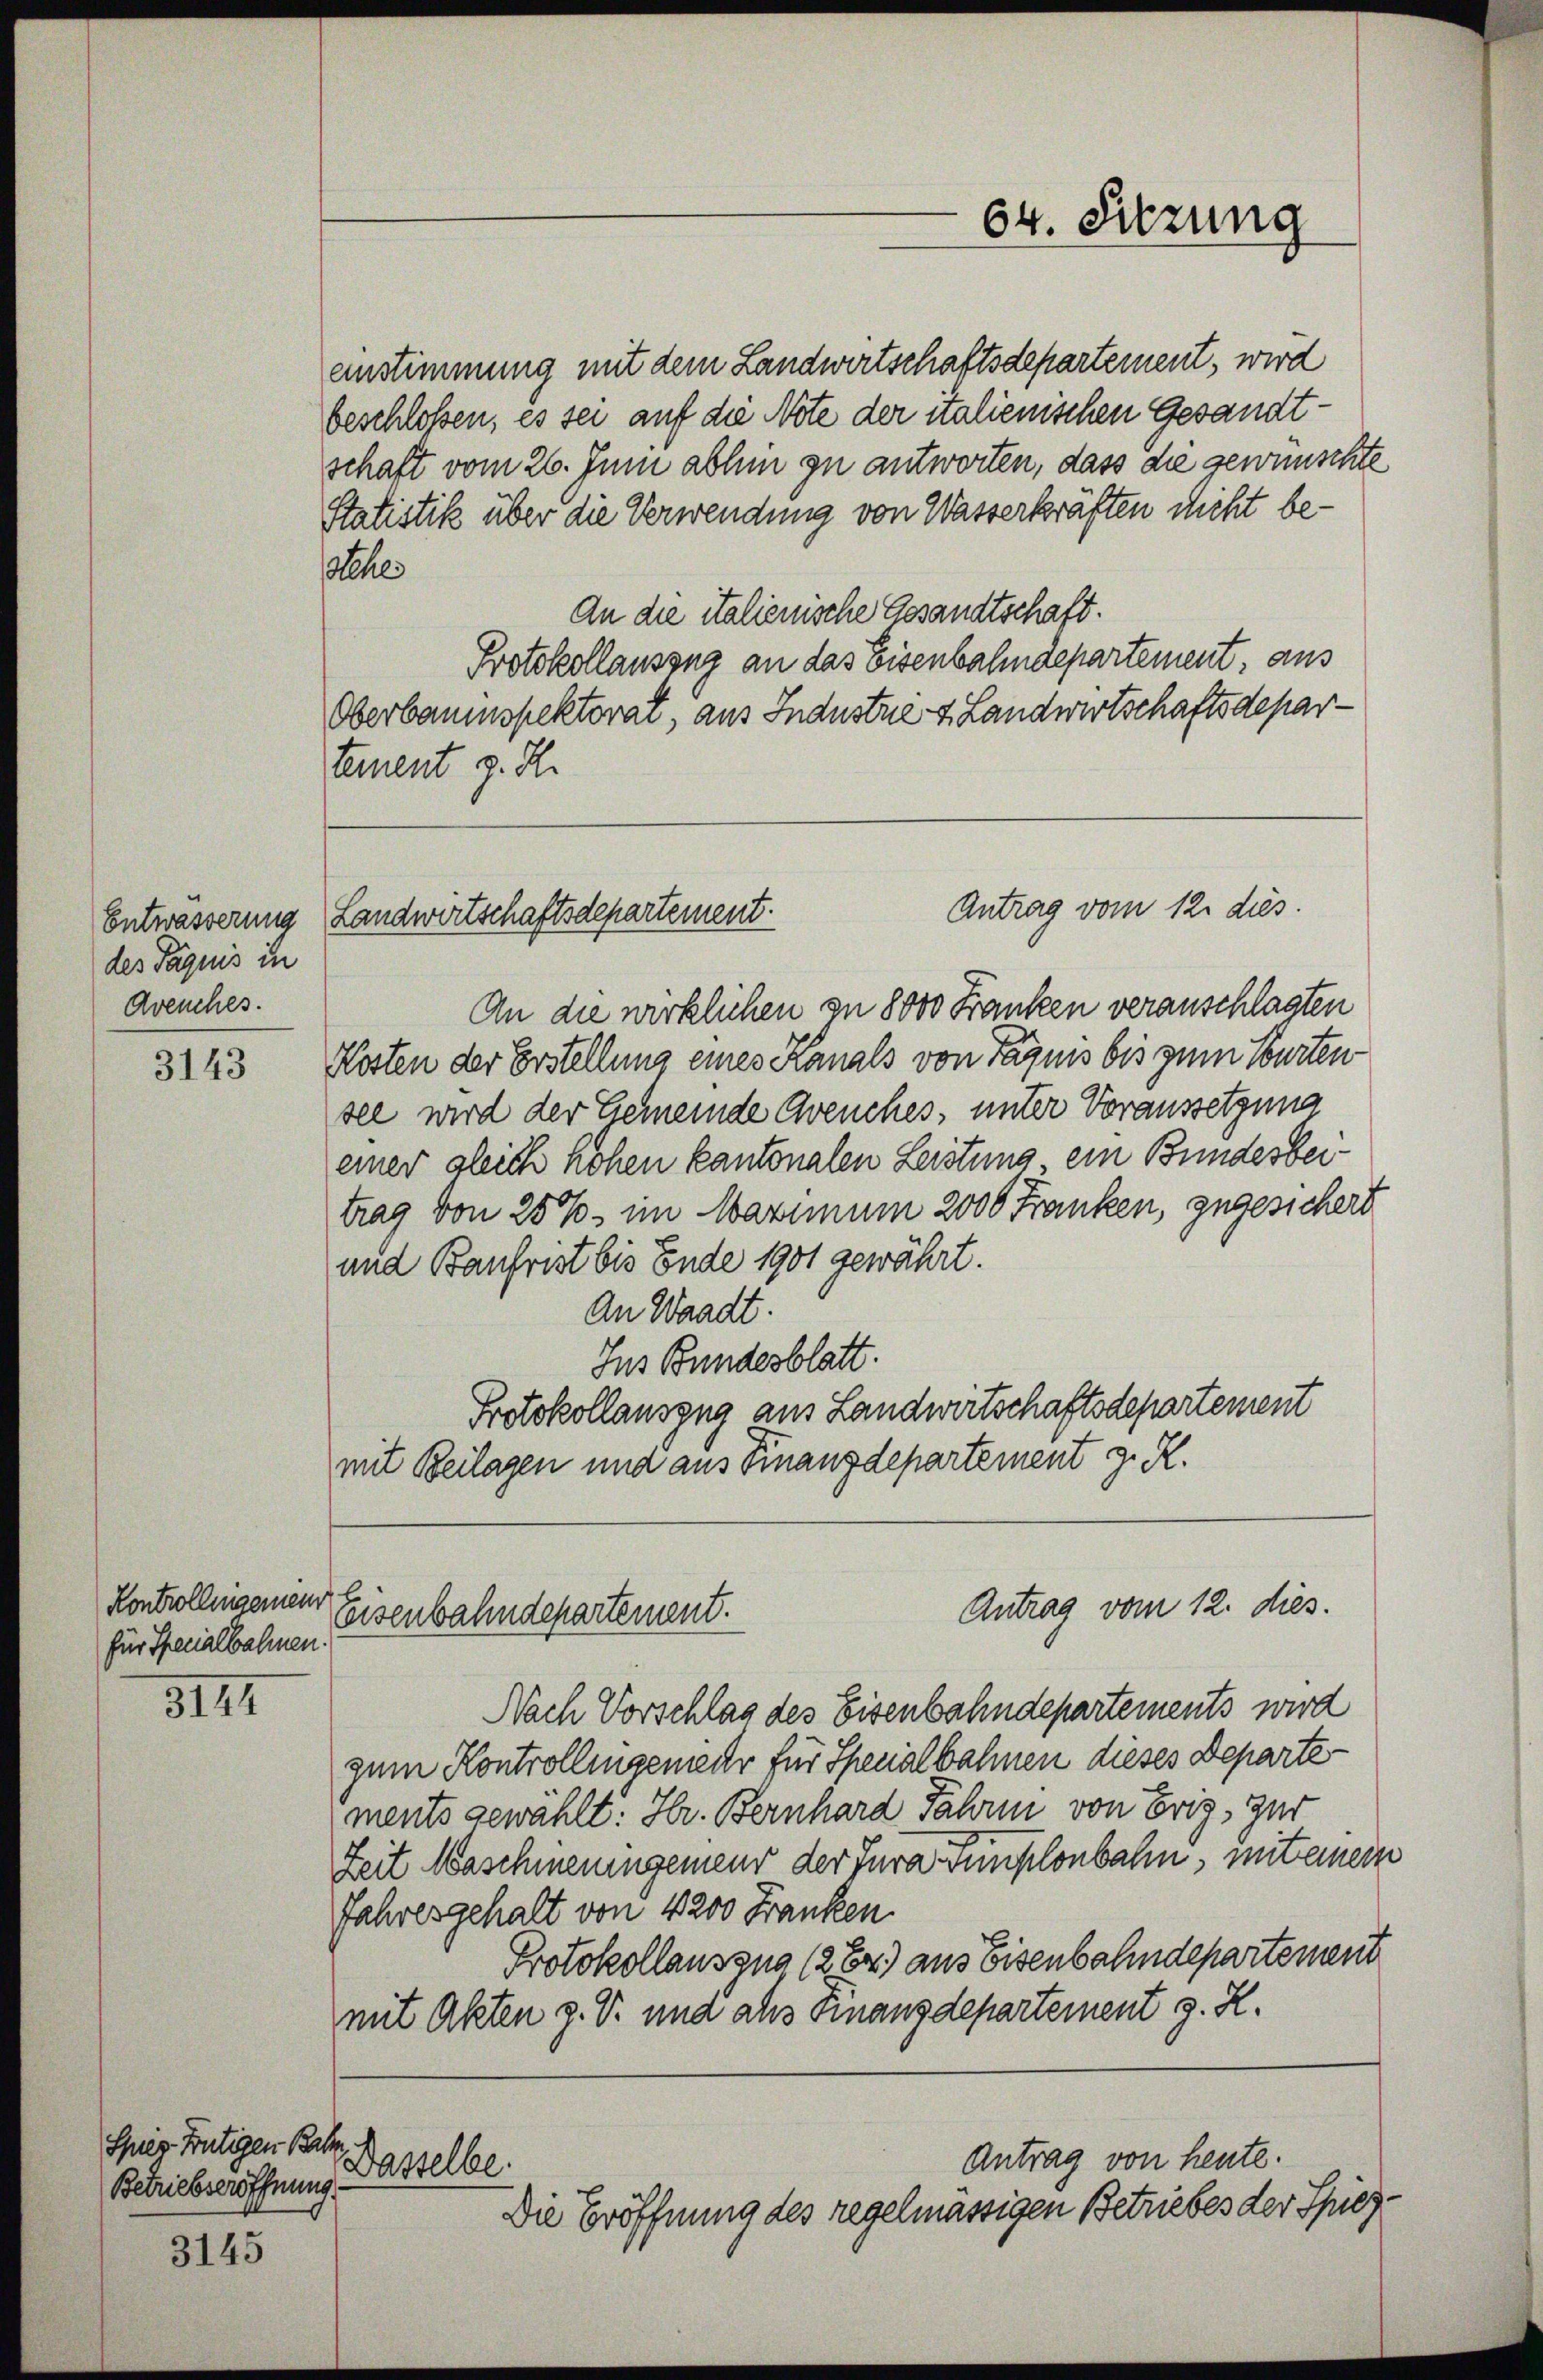
des Paquis in
Avenches.

3143

Kontrollingemen
für Specialbahnen

3181

Spier Frutigen Batz
Betriebseröffnung

3145

einstimmung mit dem Landwirtschaftsdepartement, wird
beschloßen, es sei auf die Note der italienischen Gesandtschaft vom 26. Juni abhin zu antworten, dass die gewünschte
Statistik über die Verwendung von Wasserkräften nicht belehe
An die italienische Gesandtschaft.
Protokollauszug an das Eisenbahndepartement, aus
Oberbaumspektorat, aus Industrie v. Landwirtschaftsdepartement z. R.

Antrag vom 12. dies
Entwässerung Landwirtschaftsdepartement.

Eisenbahndepartement.

64. Sitzung

Antrag vom 12. dies.

Dasselbe.

An die wirklichen zu 8000 Franken veranschlagten
Kosten der Erstellung eines Kanals von Tagnis bis zum Courten
sel wird der Gemeinde Avenches, unter Voraussetzung
einer gleich hohen kantonalen Leistung ein Bundesbeitrag von 25%, im Maximum 2000 Franken, zugesichert
und Baufrist bis Ende 1901 gewährt.
An Waadt.
Ins Bundesblatt.
Protokollauszug aus Landwirtschaftsdepartement
mit Beilagen und aus Finanzdepartement z. R.

Antrag von heute.
Die Eröffnung des regelmässigen Betriebes der Spiez¬

Nach Vorschlag des Eisenbahndepartements wird
zum Kontrollingenieur für Spenalbahnen dieses Departe
ments gewählt: Hr. Bernhard Jahren von Erig, zur
Zeit Maschmeringeneur der Jura Funklenbahn, mit einem
Jahresgehalt von 4200 Franken.
Protokollauszug (264) aus Eisenbahndepartement
mit Akten z. B. und als Finanzdepartement z. Z.